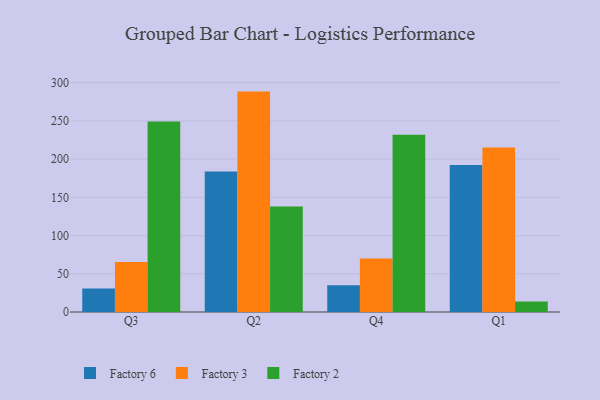
{"axis": {"x": "Quarter", "y": "Churn Rate (%)"}, "legend": ["Factory 2", "Factory 3", "Factory 6"], "data": [{"x": "Q3", "y": 30.8, "type": "Factory 6"}, {"x": "Q3", "y": 65.5, "type": "Factory 3"}, {"x": "Q3", "y": 249.3, "type": "Factory 2"}, {"x": "Q2", "y": 183.8, "type": "Factory 6"}, {"x": "Q2", "y": 288.3, "type": "Factory 3"}, {"x": "Q2", "y": 137.9, "type": "Factory 2"}, {"x": "Q4", "y": 34.9, "type": "Factory 6"}, {"x": "Q4", "y": 70.1, "type": "Factory 3"}, {"x": "Q4", "y": 231.8, "type": "Factory 2"}, {"x": "Q1", "y": 192.4, "type": "Factory 6"}, {"x": "Q1", "y": 215.1, "type": "Factory 3"}, {"x": "Q1", "y": 13.8, "type": "Factory 2"}]}